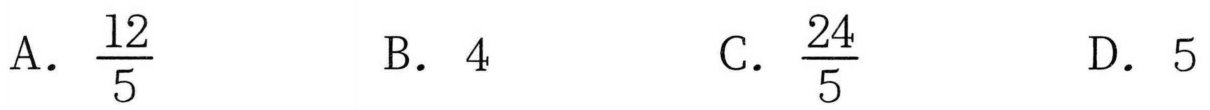
A. \(\frac{12}{5}\)  B. \(4\)  C. \(\frac{24}{5}\)  D. \(5\)